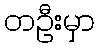
တဦးမှာ